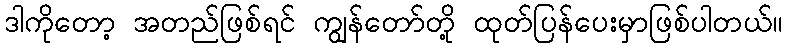
ဒါကိုတော့ အတည်ဖြစ်ရင် ကျွန်တော်တို့ ထုတ်ပြန်ပေးမှာဖြစ်ပါတယ်။